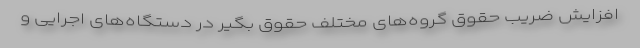
افزایش ضریب حقوق گروه‌های مختلف حقوق بگیر در دستگاه‌های اجرایی و